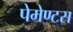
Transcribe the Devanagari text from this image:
पेमेण्टस